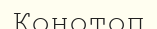
Конотоп